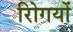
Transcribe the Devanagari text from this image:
रोिगयों